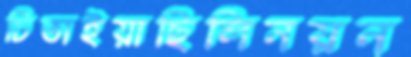
চিতাইয়াছিলিনয়ন